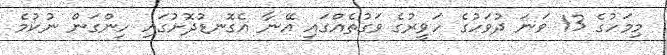
މިމަހުގެ 13 ވަނަ ދުވަހުގެ ހަވީރުގެ ވަގުތެއްގައި އޭނާ އެގޮނޑުދޮށުގައި ހިންގަން ނުކުމެ